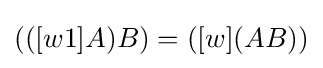
(([w1]A)B)=([w](AB))